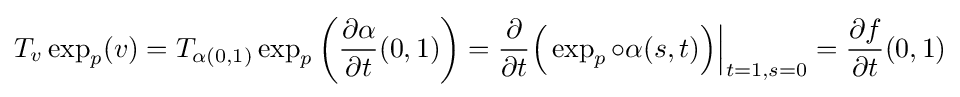
T_{v}\exp _{p}(v)=T_{\alpha (0,1)}\exp _{p}\left({\frac {\partial \alpha }{\partial t}}(0,1)\right)={\frac {\partial }{\partial t}}{\Bigl (}\exp _{p}\circ \alpha (s,t){\Bigr )}{\Big \vert }_{t=1,s=0}={\frac {\partial f}{\partial t}}(0,1)